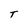
Character: T